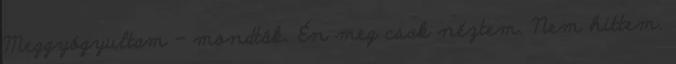
Meggyógyultam – mondták. Én meg csak néztem. Nem hittem.